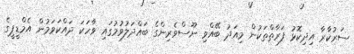
ސަރުކާރާ އިދިކޮޅު ފަރާތްތަކުން މިއަދު ބޭއްވި ނޫސްވެރިންގެ ބައްދަލުވުމުގައި ވާހަކަ ދައްކަވަމުން އެމްޑީޕީގެ